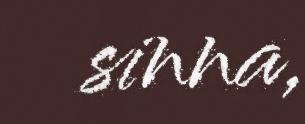
sinna,